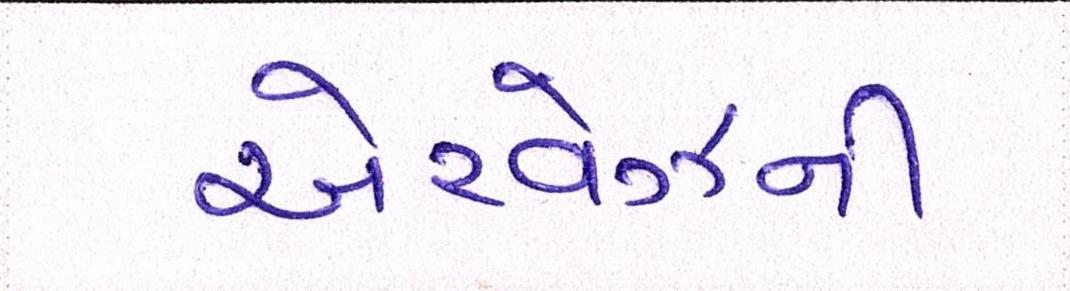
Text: એરવેઝની